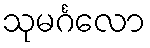
သုမင်္ဂလော